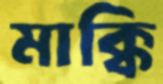
মাক্কি